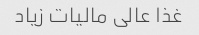
غذا عالی مالیات زیاد